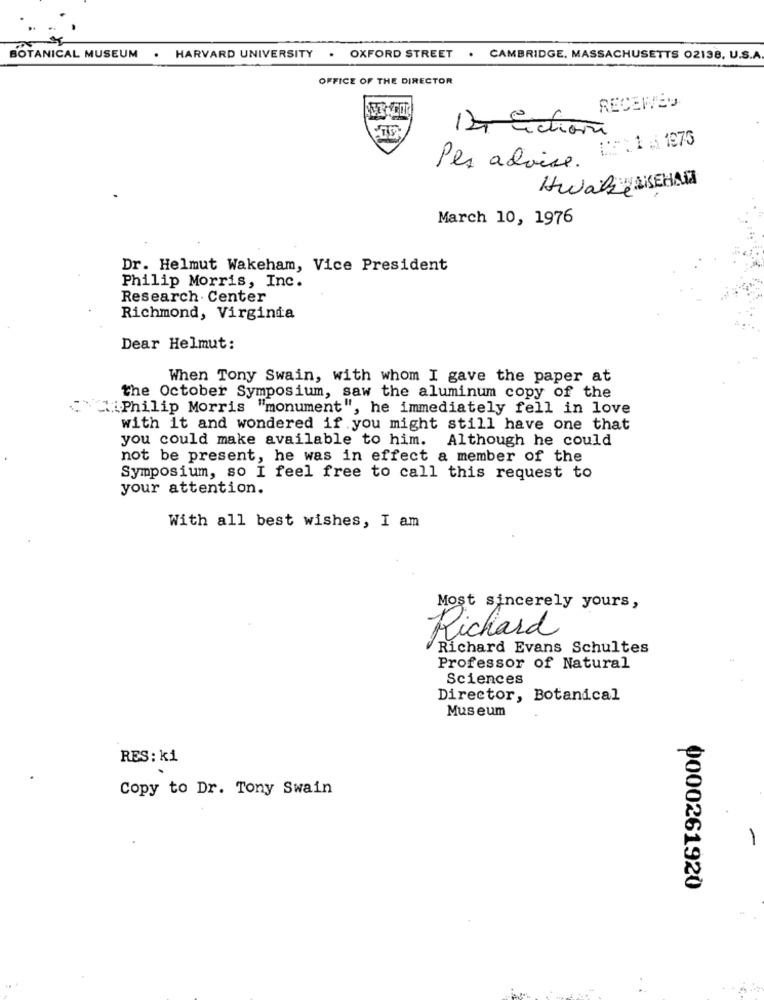
BOTANICAL MUSEUM
. HARVARD UNIVERSITY
. OXFORD STREET . CAMBRIDGE, MASSACHUSETTS 02138, U.S.A
OFFICE OF THE DIRECTOR
RECEWEY
12+ Echiara
LE: 1 6 1975
Pes advise.
HwaRAISEHAND
March 10, 1976
Dr. Helmut Wakeham, Vice President
Philip Morris, Inc.
Research . Center
Richmond, Virginia
Dear Helmut:
When Tony Swain, with whom I gave the paper at
the October Symposium, saw the aluminum copy of the
"{Philip Morris "monument", he immediately fell in love
with it and wondered if you might still have one that
you could make available to him. Although he could
not be present, he was in effect a member of the
Symposium, so I feel free to call this request to
your attention.
With all best wishes, I am
Most sincerely yours,
Richard
Richard Evans Schultes
Professor of Natural
Sciences
Director, Botanical
Museum
RES: ki
Copy to Dr. Tony Swain
-
0000261920
..